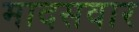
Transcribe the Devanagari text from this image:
मादसवार